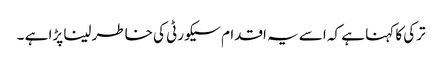
ترکی کا کہنا ہے کہ اسے یہ اقدام سیکورٹی کی خاطر لینا پڑا ہے ۔